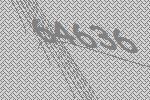
64636